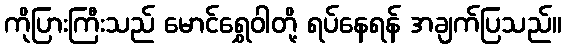
ကိုပြားကြီးသည် မောင်ရွှေဝါတို့ ရပ်နေရန် အချက်ပြသည်။